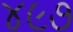
૪૯૭